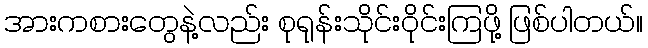
အားကစားတွေနဲ့လည်း စုရုန်းသိုင်းဝိုင်းကြဖို့ ဖြစ်ပါတယ်။